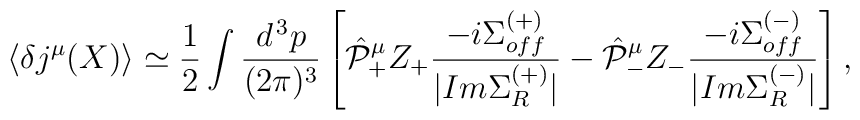
\langle \delta j^\mu (X) \rangle \simeq \frac{1}{2} \int \frac{d^{\, 3} p}{(2 \pi)^3} \left[ \hat{\cal P}_+^\mu Z_+ \frac{- i \Sigma_{off}^{(+)}}{|Im \Sigma_R^{(+)}|} - \hat{\cal P}_-^\mu Z_- \frac{- i \Sigma_{off}^{(-)}}{|Im \Sigma_R^{(-)}|} \right] ,